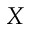
X